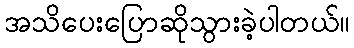
အသိပေးပြောဆိုသွားခဲ့ပါတယ်။